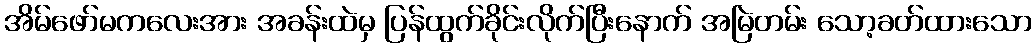
အိမ်ဖော်မကလေးအား အခန်းထဲမှ ပြန်ထွက်ခိုင်းလိုက်ပြီးနောက် အမြဲတမ်း သော့ခတ်ထားသော